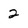
Character: 2